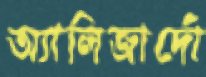
অ্যালিজার্দো